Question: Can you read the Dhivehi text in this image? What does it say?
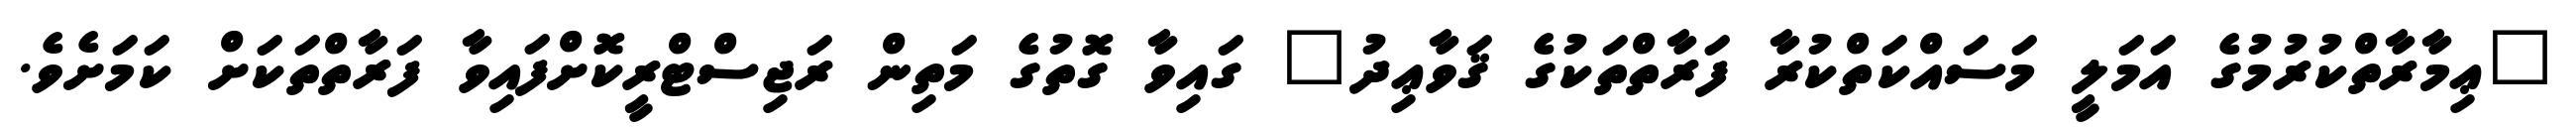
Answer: "ޢިމާރާތްކުރުމުގެ އަމަލީ މަސައްކަތްކުރާ ފަރާތްތަކުގެ ޤަވާޢިދު" ގައިވާ ގޮތުގެ މަތިން ރަޖިސްޓްރީކޮށްފައިވާ ފަރާތްތަކަށް ކަމަށެވެ.